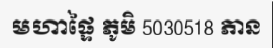
មហាផ្ទៃ ភូមិ 5030518 ភាន